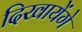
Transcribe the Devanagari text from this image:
दिखायेंगे